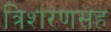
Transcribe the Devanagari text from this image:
त्रिशरणसह